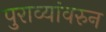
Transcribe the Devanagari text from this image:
पुराव्यांवरुन